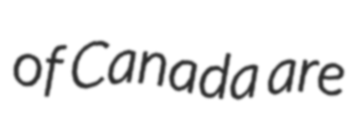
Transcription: of Canada are